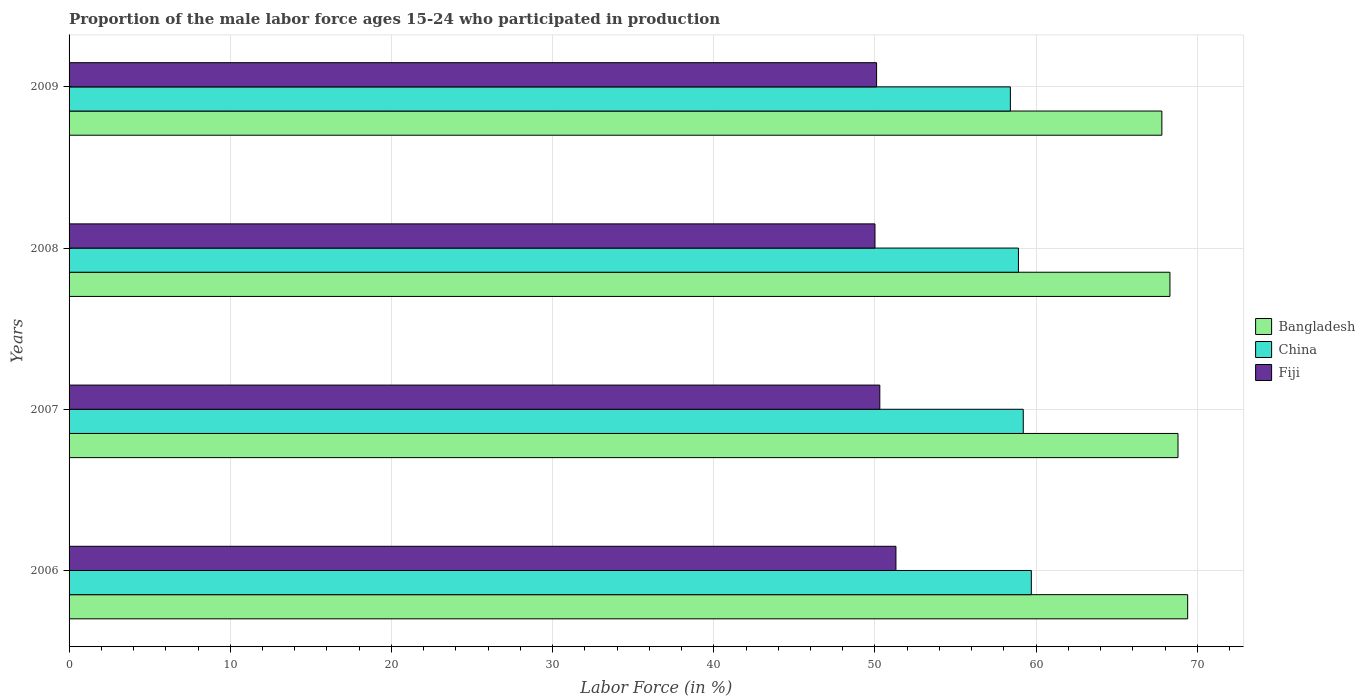
| Years | Bangladesh | China | Fiji |
 | --- | --- | --- | --- |
 | 2006 | 69.4 | 59.7 | 51.3 |
 | 2007 | 68.8 | 59.2 | 50.3 |
 | 2008 | 68.3 | 58.9 | 50 |
 | 2009 | 67.8 | 58.4 | 50.1 |